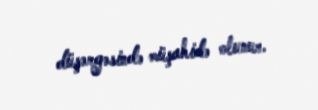
düşərgəsində müşahidə olunur.